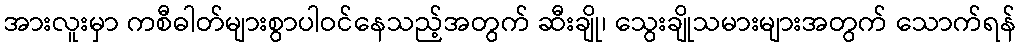
အားလူးမှာ ကစီဓါတ်များစွာပါဝင်နေသည့်အတွက် ဆီးချို၊ သွေးချိုသမားများအတွက် သောက်ရန်